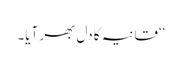
‘‘قانیہ کا دل بھر آیا۔